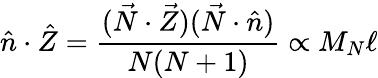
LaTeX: \hat{n}\cdot\hat{Z}=\frac{(\vec{N}\cdot\vec{Z})(\vec{N}\cdot\hat{n})}{N(N+1)}\propto M_{N}\ell